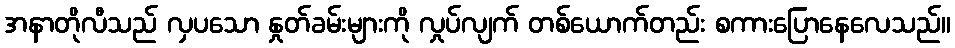
အနာတိုလီသည် လှပသော နှုတ်ခမ်းများကို လှုပ်လျက် တစ်ယောက်တည်း စကားပြောနေလေသည်။